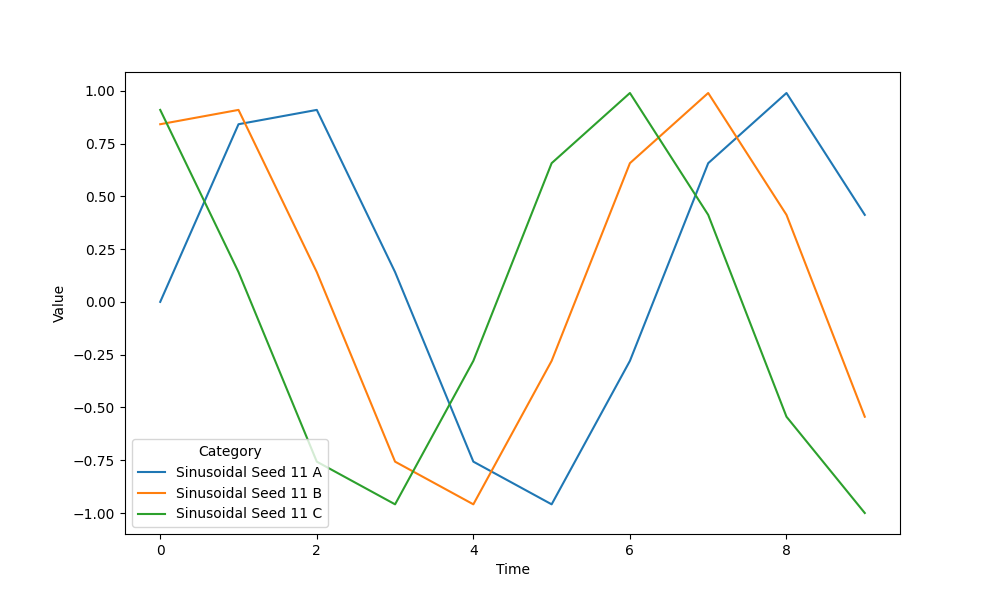
python, seaborn, lineplot, style='solid', marker='None'